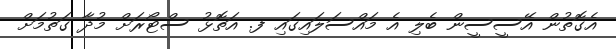
އެގޮތުން އޭސީސީން ބެލި އެ މައްސަލައިގައި ފ. އަތޮޅު ސްޓޯރަށް މުދާ ގަތުމަށް